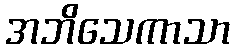
အဘိသေကာသာ